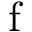
\mathrm { f }